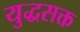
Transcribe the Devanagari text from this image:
युद्धसक्त